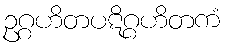
ဥဂ္ဂဟိတပဋိဂ္ဂဟိတကံ